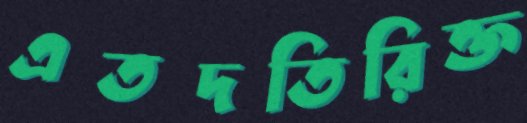
এতদতিরিক্ত